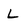
Character: L